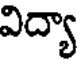
విద్యా